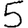
Digit: 5